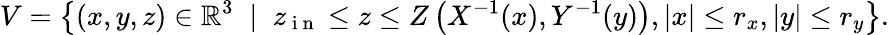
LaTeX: V=\left\{ (x,y,z)\in\mathbb{R}^{3}\; \mid\; z_{\mathrm{~i~n~}}\le z\le Z\left(X^{-1}(x),Y^{-1}(y)\right),\vert x\vert\le r_{x},\vert y\vert\le r_{y}\right\} .